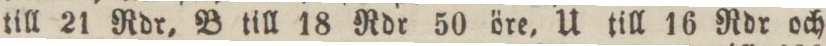
till 21 Rdr, B till 18 Rdr 50 öre, U till 16 Rdr och